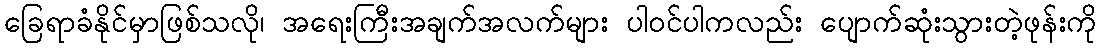
ခြေရာခံနိုင်မှာဖြစ်သလို၊ အရေးကြီးအချက်အလက်များ ပါဝင်ပါကလည်း ပျောက်ဆုံးသွားတဲ့ဖုန်းကို